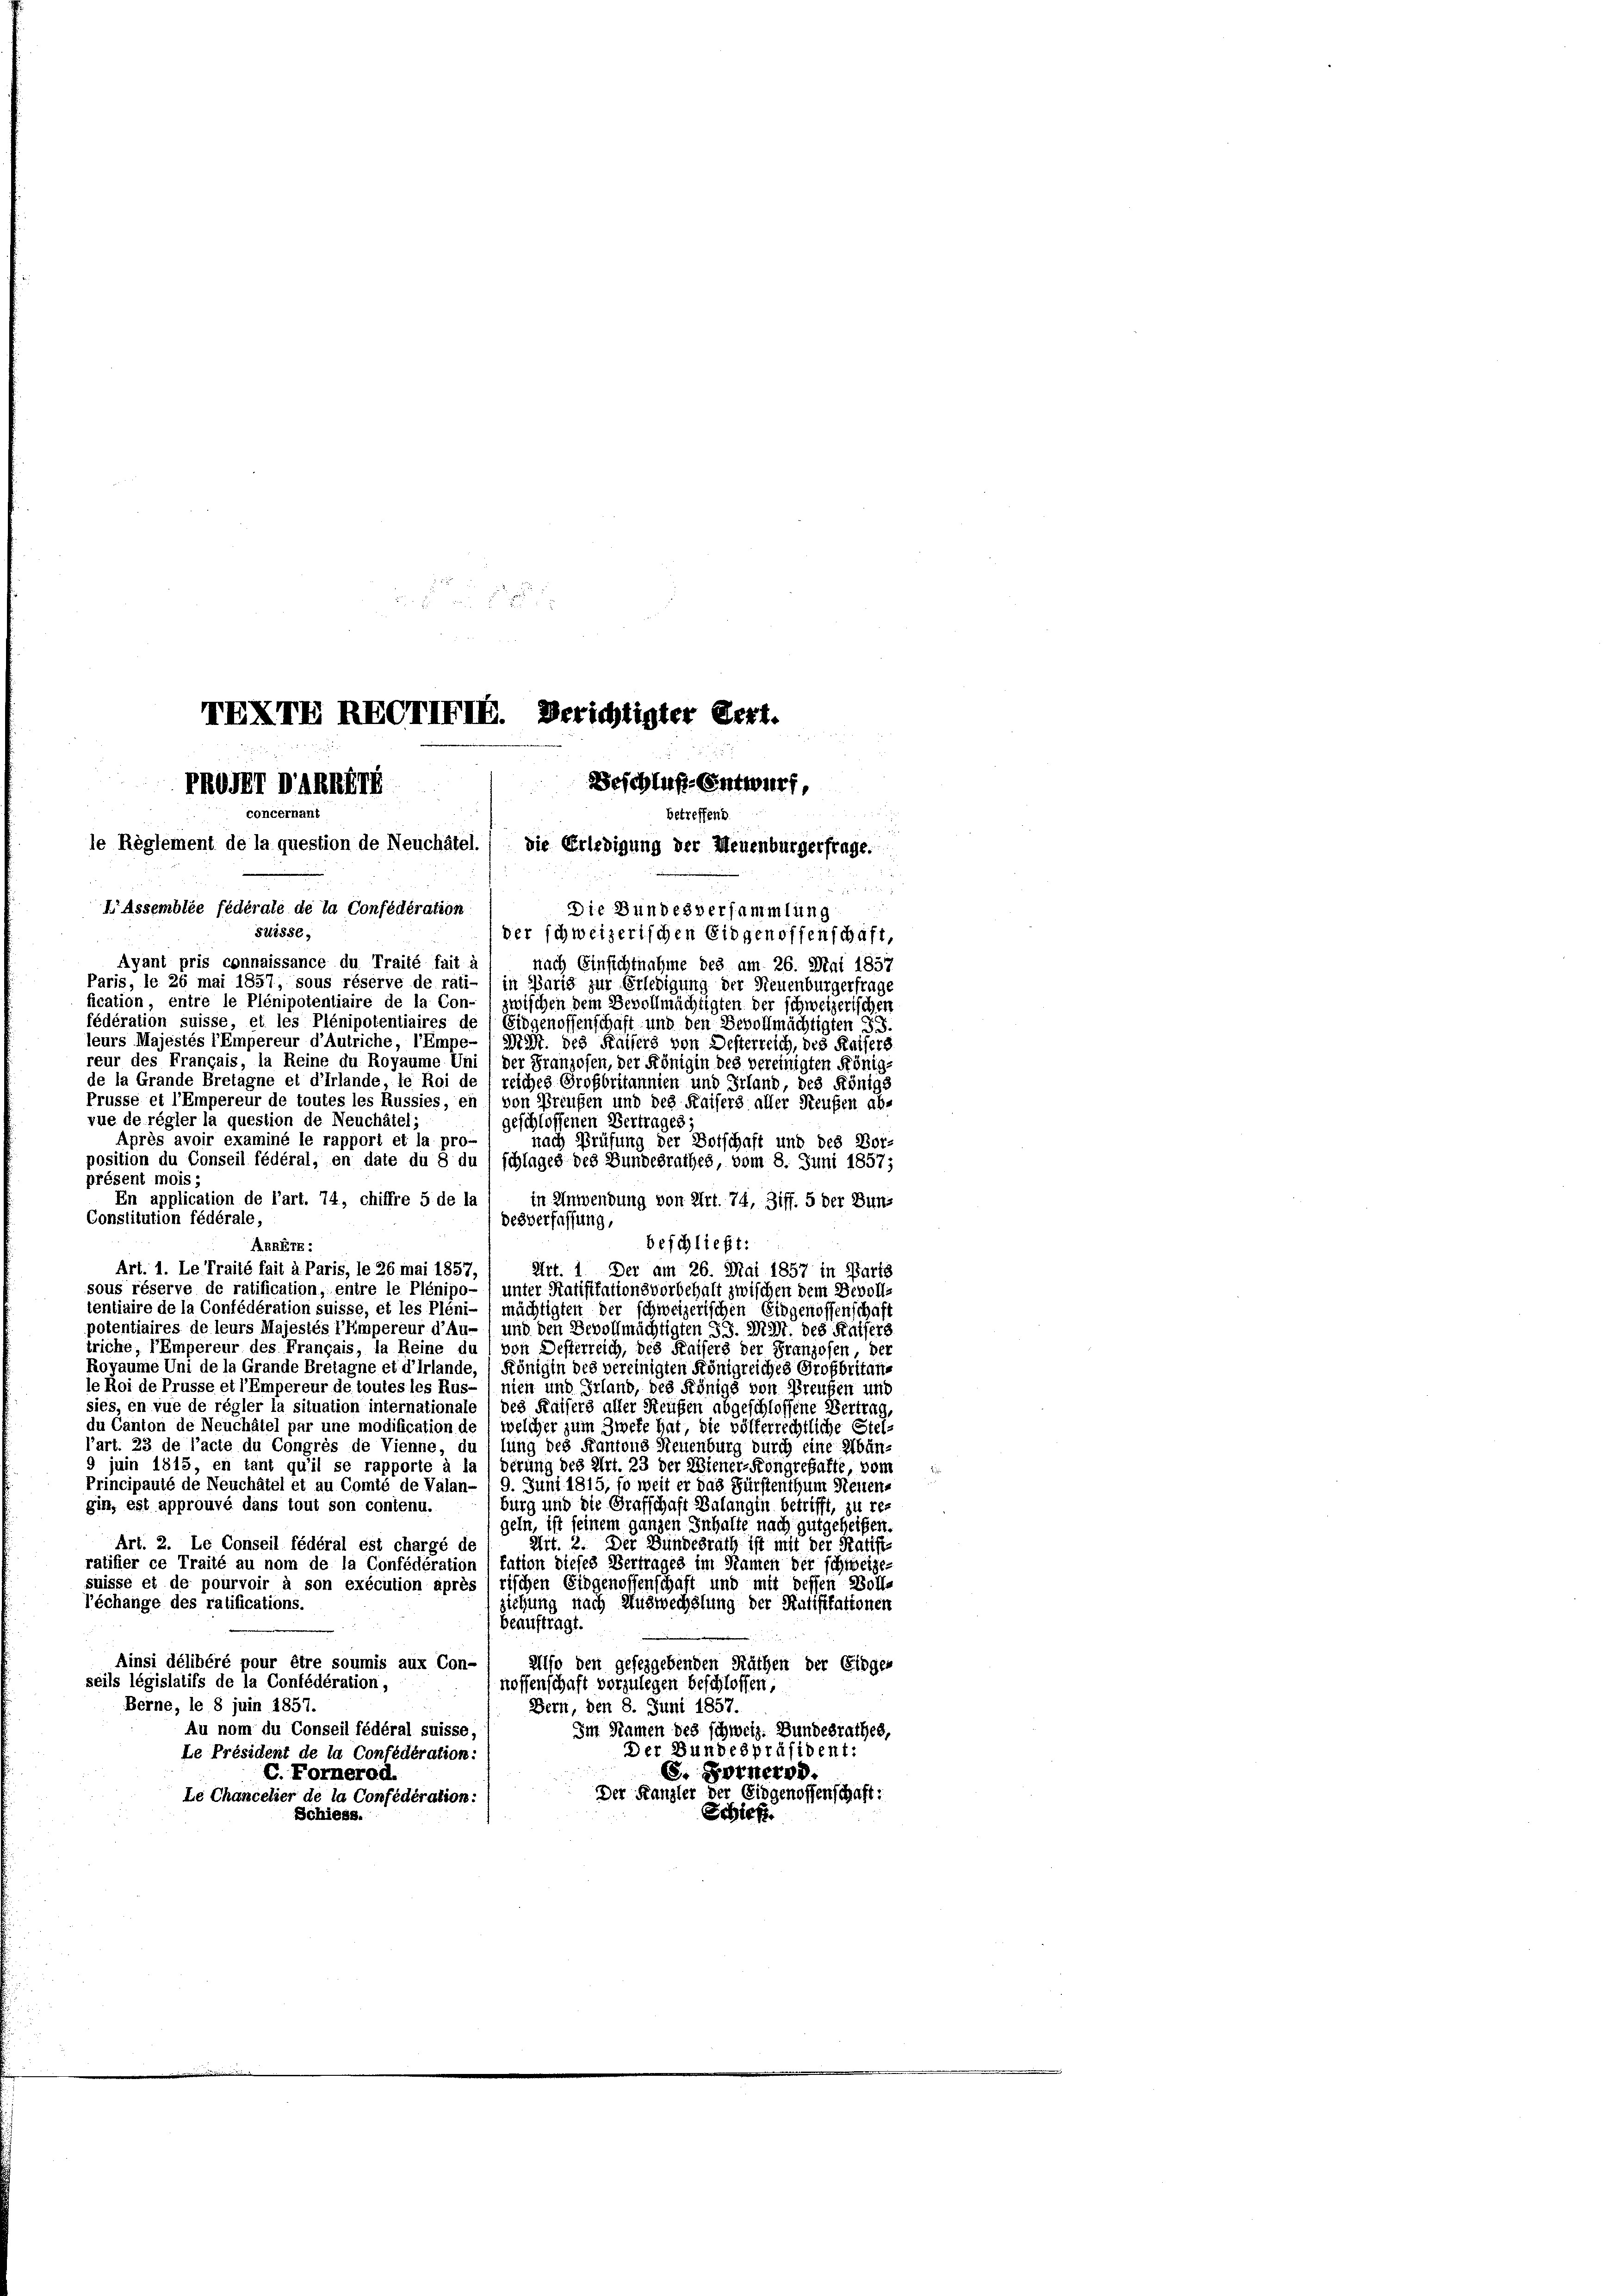
IXXIX REGTIXIX. Berichtigter Pert.
PRORT DARMIE
ernant
betreffend.
le Reglement de la question de Neuchâtel,
die Erledigung der Neuenburgerfrage.
u

Beschluß. Entwurf,

I Assemblée fédérale de la Confédération
Die Bundesversammlung
swisse,
der schweizerischen Eidgenossenschaft,
Ayant pris connaissance du Traité fait d
nach Einsichtnahme des am 26. Mai 1857
Paris, le 26 mai 1857, sous réserve de rati- ) in Paris zur Erledigung der Steuenburgerfrage
fication, entre le Plénipotentiaire de la Con- , zwischen dem Bevollmächtigten der schweizerischen
fédération suisse, et les Plénipotentiaires de Eidgenossenschaft und den Bevollmächtigten S.S.
leurs Majestés l'Empereur d’Autriche, l’Empe-Mist. des Kaisers von Desterreich, des Kaisers
reur des Français, la Reine du Royaume Uni / der Franzofen, der Königin des vereinigten König-
de la Grande Bretagne et d’hrlande, le Roi del reiches Großbritannien und Irland, des Königs
Prüsse et l’Empereur de toutes les Russies, en 1 von Preußen und des Kaisers aller Reußen ab-
vue de régler la question de Neuchâtel;
geschlossenen Vertrages;
Après avoir examiné le rapport et la pro-
nach Prüfung der Botschaft und des Bor-
position du Conseil fédéral, en date du 8 du schlages des Bundesrathes, vom 8. Juni 1857;
présent mois;
En application de l’art. 74, chiffre 5 de la
in Anwendung von Art. 74, Ziff. 5 der Bun-
Constitution fédérale,
desverfassung,
beschließt:
ARRErk:

Art. 1. Le Traité fait à Paris, le 26 mai 1857,
Art. 1. Der am 26. Mai 1857 in Parts
sous réserve de ratification, entre le Plénipo- ) unter Ratifikationsvorbehalt zwischen dem Devoll-
tentiaire de la Confédération suisse, et les Pleni- / mächtigten der schweizerischen Eidgenossenschaft
potentiaires de leurs Majestés l'Empereur d’Au-/ und den Bevollmächtigten 33. DMt. des Kaisers
triche, PEmpereur des Français, la Reine du, von Desterreich, des Kaisers der Franzosen, der
Rovaume Uni de la Grande Bretagne et d’Irlande, 1 Königin des vereinigten Königreiches Großbritanle Roi de Prüsse et l’Empereur de toutes les Rus- / nien und Irland, des Königs von Preußen und
sies, en vue de régler la situation internationale) des Kaisers aller Steüfen abgeschlossene Vertrag,
du Canton de Neuchâtel par une modification de / welcher zum Zweke hat, die völkerrechtliche Stell’art. 23 de l’acte du Congrés de Vienne, du, lung des Kantons Neuenburg durch eine Abän¬
9 juin 1815, en tant qu’il se rapporte à la / derung des Art. 23 der Wiener-Kongregatte, vom
Principauté de Neuchâtel et au Comté de Valan- 9. Juni 1815, so weit er das Fürstenthum Neuen-
gin, est approuvé dans tout son contenu.
burg und die Grafschaft Valangen betrifft, zu regeln, ist seinem ganzen Inhalte nach gutgeheißen.
Art. 2. Le Conseil fédéral est chargé de
Art. 2. Der Bundesrath ist mit der Ratiff-
ratifier ce Traité au nom de la Confédération) fation dieses Vertrages im Kanten der schweize-
suisse et de pourvoir à son exécution après (rischen Eidgenossenschaft und mit dessen Boll-
l’échange des ratifications.
ziehung nach Auswechslung der Ratifikationen
beauftragt.
Ainsi délibéré pour être soumis aux Con-
Also den geseggebenden Räthen der Eidgen
seils législatifs de la Confédération,
noffenschaft vorzulegen beschlossen,
Berne, le 8 juin 1857.
Bern, den 8. Juni 1857.
Au nom du Conseil fédéral suisse,
Im Namen des schweiz. Bundesrathes,
Der Bundespräsident:
Le Président de la Confédération:
S. Hornern.
C. Fornerod.
Der Kanzler der Eidgenossenschaft:
Le Chancelier de la Confédération:
Schief
Schiess.